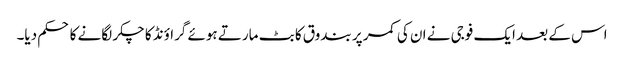
اس کے بعد ایک فوجی نے ان کی کمر پر بندوق کا بٹ مارتے ہوئے گراؤنڈ کا چکر لگانے کا حکم دیا۔